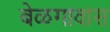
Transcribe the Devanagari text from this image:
बेळगावास